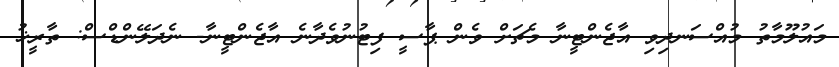
މައުލޫމާތު މުއްސަނދިވި އާޖެންޓީނާ މެޗަށް ވެން ޕާސީ ފިޓުނުވެދާނެ އާޖެންޓީނާ- ނެދަލޭންޑްސް: ތާރީޚު